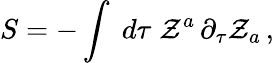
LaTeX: S=-\int\; d\tau\; {\cal Z}^{a}\, \partial_{\tau}{\cal Z}_{a}\, ,